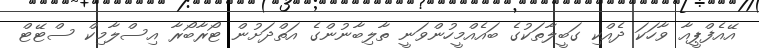
އޭއެފްޕީއާ ވާހަކަ ދެއްކި ގަބީލާތަކުގެ ބައެއްމީހުންވަނީ ތާލިބާނުންގެ އަތްދަށުން ޓޯރާބޯރާ އިސްލާމިކް ސްޓޭޓް